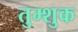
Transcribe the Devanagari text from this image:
तुम्शुक